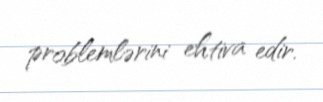
problemlərini ehtiva edir.